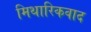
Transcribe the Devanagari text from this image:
मिथारिकवाद